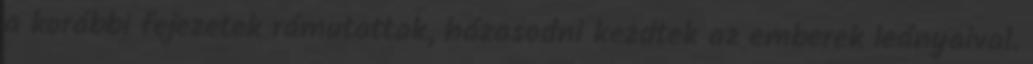
a korábbi fejezetek rámutattak, házasodni kezdtek az emberek leányaival.